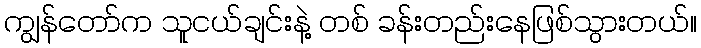
ကျွန်တော်က သူငယ်ချင်းနဲ့ တစ် ခန်းတည်းနေဖြစ်သွားတယ်။